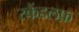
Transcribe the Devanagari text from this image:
स्कैंडलफ़